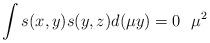
LaTeX: \begin{align*}\int s(x,y)s(y,z)d(\mu y)=0\ \ \mu^2 \end{align*}